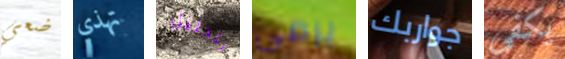
ضعي تهذي بتحليل يرمي جواربك يكفى